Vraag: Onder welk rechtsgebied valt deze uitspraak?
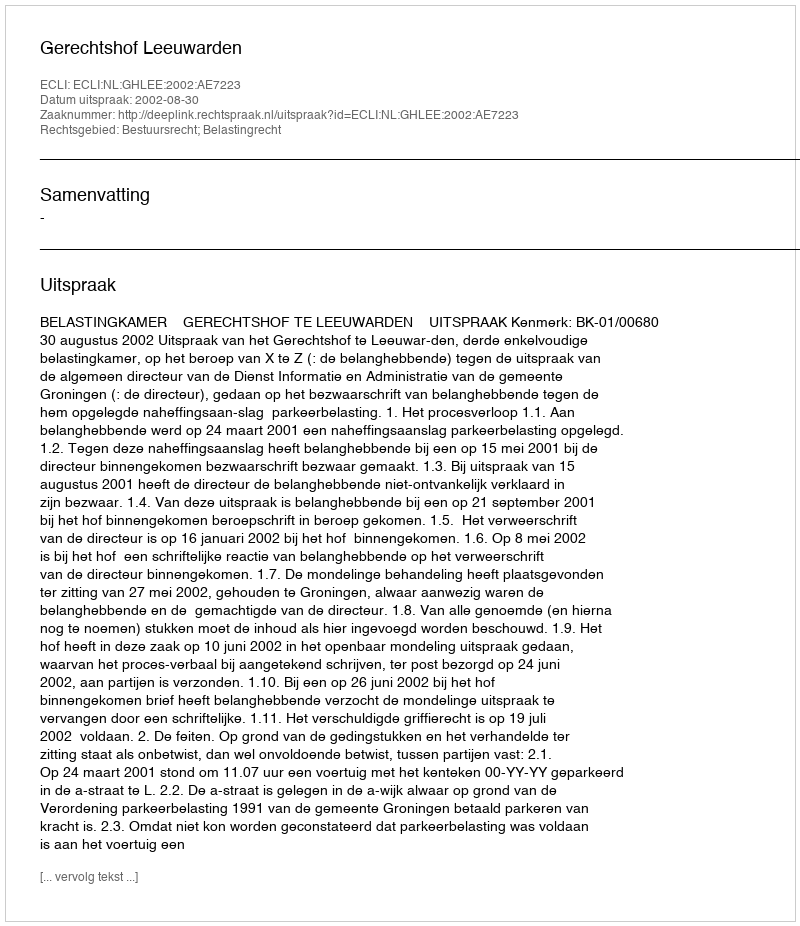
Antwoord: Bestuursrecht; Belastingrecht